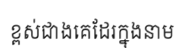
ខ្ពស់ជាងគេដែរក្នុងនាម